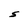
Character: S